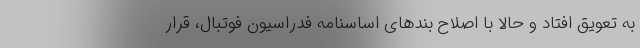
به تعویق افتاد و حالا با اصلاح بندهای اساسنامه فدراسیون فوتبال، قرار